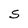
Character: S